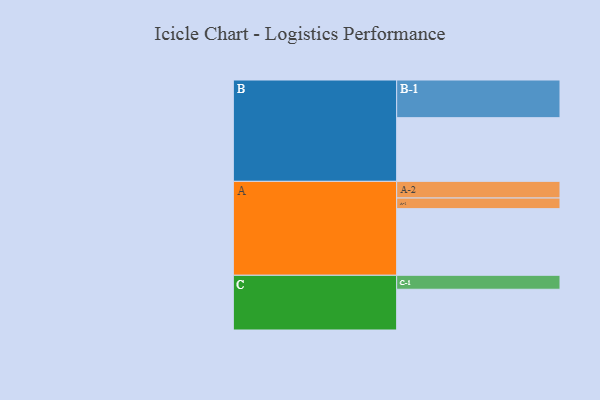
{"axis": {"x": "Segment", "y": "Value"}, "legend": ["", "A", "B", "C"], "data": [{"x": "A", "y": 520, "type": ""}, {"x": "B", "y": 497, "type": ""}, {"x": "C", "y": 318, "type": ""}, {"x": "A-1", "y": 83, "type": "A"}, {"x": "A-2", "y": 130, "type": "A"}, {"x": "B-1", "y": 294, "type": "B"}, {"x": "C-1", "y": 109, "type": "C"}]}